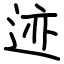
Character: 迹